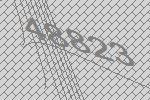
48823